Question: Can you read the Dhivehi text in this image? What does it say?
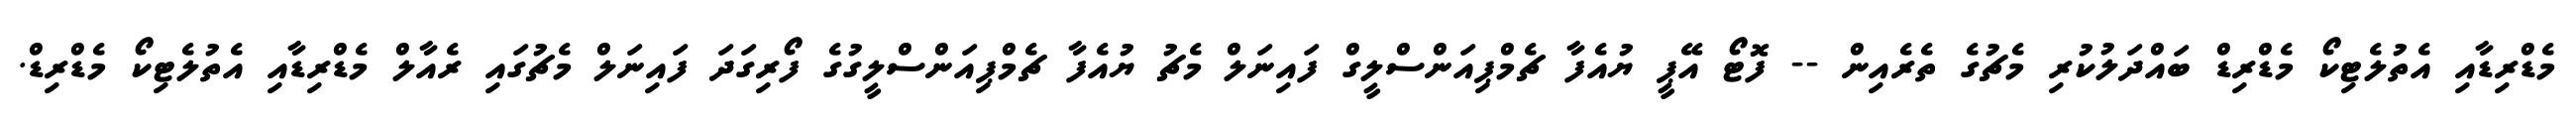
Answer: މެޑްރިޑާއި އެތުލެޓިކޯ މެޑްރިޑް ބައްދަލުކުރި މެޗުގެ ތެރެއިން -- ފޮޓޯ އޭޕީ ޔުއެފާ ޗެމްޕިއަންސްލީގް ފައިނަލް މެޗު ޔުއެފާ ޗެމްޕިއަންސްލީގުގެ ފޯރިގަދަ ފައިނަލް މެޗުގައި ރެއާލް މެޑްރިޑާއި އެތުލެޓިކޯ މެޑްރިޑް.